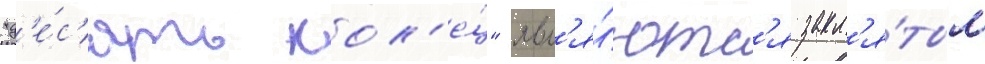
"д'е́с'ять кол'е́ц" явл'я́ютс'я закл'я́тым